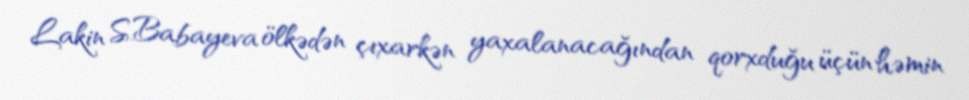
Lakin S.Babayeva ölkədən çıxarkən yaxalanacağından qorxduğu üçün həmin